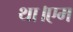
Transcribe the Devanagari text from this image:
था।एम